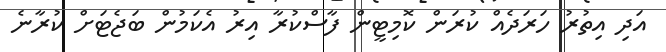
އަދި އިތުރު ހަރަދެއް ކުރަން ކޮމިޓީން ފާސްކުރާ އިރު އެކަމުން ބަޖެޓަށް ކުރާނެ